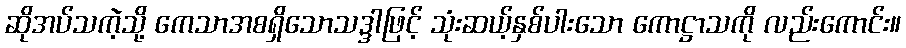
ဆိုအပ်သကဲ့သို့ ကေသာအစရှိသောသဒ္ဒါဖြင့် သုံးဆယ့်နှစ်ပါးသော ကောဋ္ဌာသကို လည်းကောင်း။